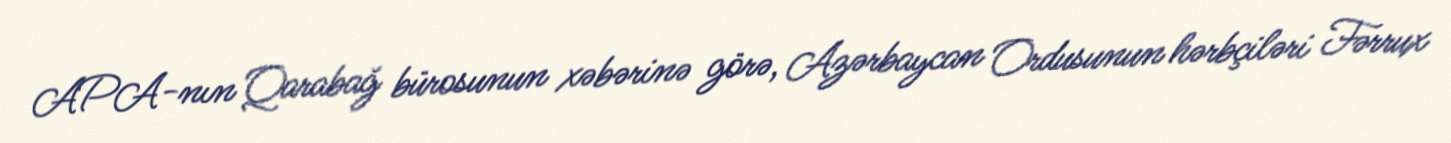
APA-nın Qarabağ bürosunun xəbərinə görə, Azərbaycan Ordusunun hərbçiləri Fərrux